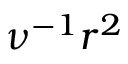
\nu ^ { - 1 } r ^ { 2 }